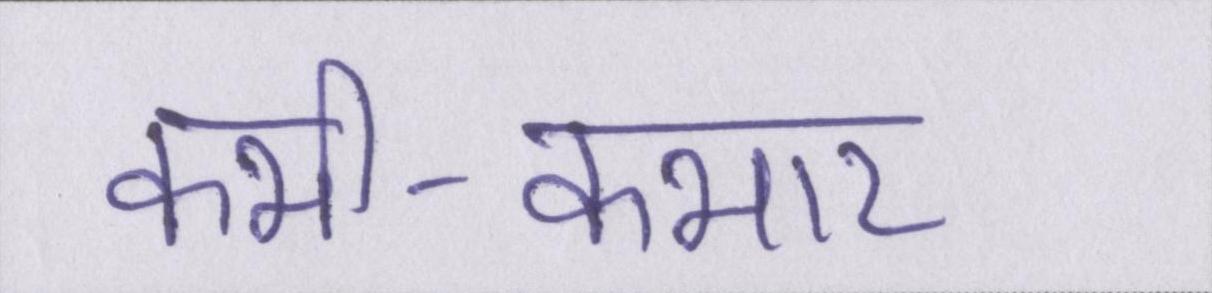
कभी-कभार